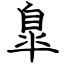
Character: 臯